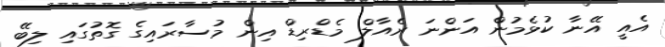
އެއީ އޭނާ ކުޅެމުން އަންނަ ރެއާލް މެޑްރިޑް އިން މުސާރައިގެ ގޮތުގައި ލިބޭ